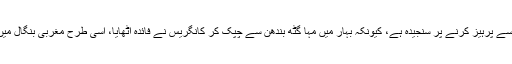
سینئر سیاست دانوں کا کہنا ہے کہ بڑی سیاسی پارٹیاں کانگریس سے پرہیز کرنے پر سنجیدہ ہے، کیونکہ بہار میں مہا گٹھ بندھن سے چپک کر کانگریس نے فائدہ اٹھایا، اسی طرح مغربی بنگال میں کانگریس نے لیفٹ کے ساتھ چپک کر اس کا پورا رس چوس لیا۔